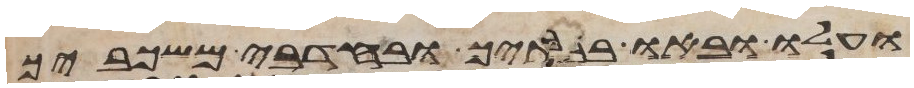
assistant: ועלו ובאו בבתיך ובחדרי משכביך